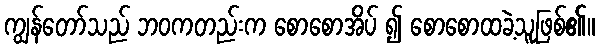
ကျွန်တော်သည် ဘဝကတည်းက စောစောအိပ် ၍ စောစောထခဲ့သူဖြစ်၏။